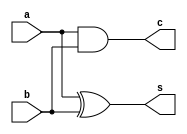
//Gate modelling of Half Adder

module halfadder(a,b,s,c);
	input a,b;
	output s,c;
	
	xor(s,a,b);
	and(c,a,b);
	
endmodule